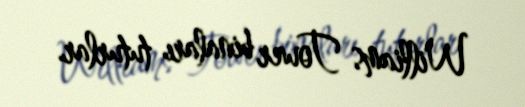
Williams Tower binaları tuturlar.